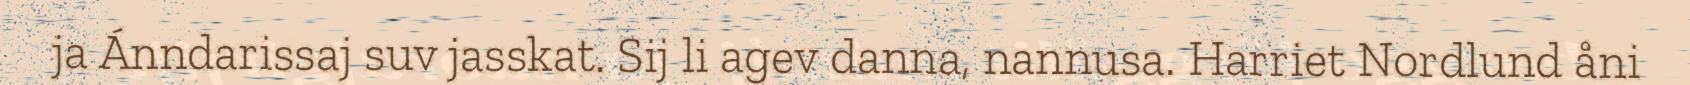
ja Ánndarissaj suv jasskat. Sij li agev danna, nannusa. Harriet Nordlund åni